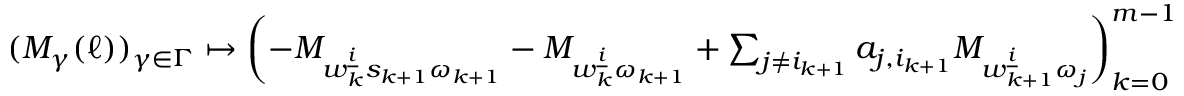
\begin{array} { r } { ( M _ { \gamma } ( \ell ) ) _ { \gamma \in \Gamma } \mapsto \left( - M _ { w _ { k } ^ { \underline { { i } } } s _ { k + 1 } \omega _ { k + 1 } } - M _ { w _ { k } ^ { \underline { { i } } } \omega _ { k + 1 } } + \sum _ { j \neq i _ { k + 1 } } a _ { j , i _ { k + 1 } } M _ { w _ { k + 1 } ^ { \underline { { i } } } \omega _ { j } } \right) _ { k = 0 } ^ { m - 1 } } \end{array}